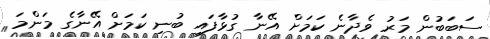
ސަބަބުން މަރު ވެދާނެ ކަމަށް އޭނާ ގުޅާފައި ބުނި ކަމަށް އޭނާގެ މަންމަ